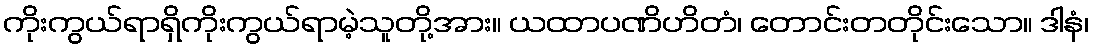
ကိုးကွယ်ရာရှိကိုးကွယ်ရာမဲ့သူတို့အား။ ယထာပဏိဟိတံ၊ တောင်းတတိုင်းသော။ ဒါနံ၊